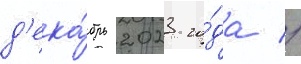
д'ека́брь 2023 го́да //